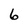
Character: 6